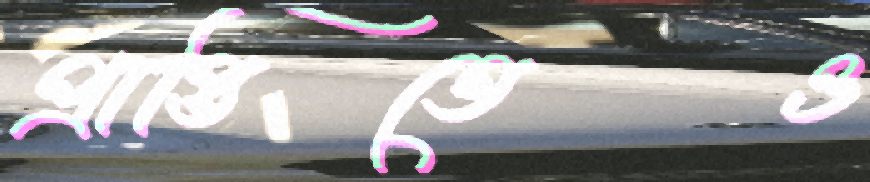
প্রাপ্তিতেও